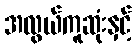
အလွယ်ကူဆုံးနှင့်